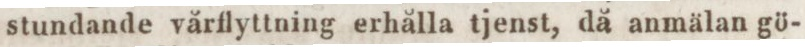
stundande vårflyttning erhålla tjenst, då anmälan gö-